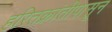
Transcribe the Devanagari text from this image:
हरितक्रांतीपासून